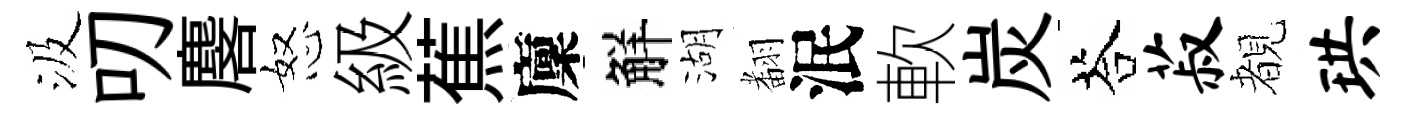
汲叨麐怒級蕉廩觧湖𮋒泯軟炭荅菽覩珙